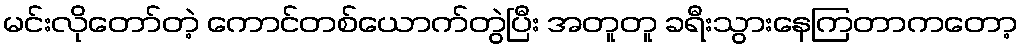
မင်းလိုတော်တဲ့ ကောင်တစ်ယောက်တွဲပြီး အတူတူ ခရီးသွားနေကြတာကတော့